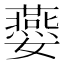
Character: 𡤈